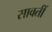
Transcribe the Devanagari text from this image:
सावतीं